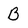
Character: b